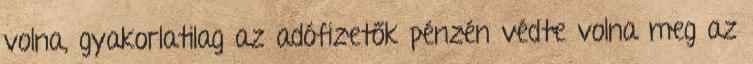
volna, gyakorlatilag az adófizetők pénzén védte volna meg az